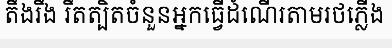
តឹងរឹង រឹតត្បិតចំនួនអ្នកធ្វើដំណើរតាមរថភ្លើង